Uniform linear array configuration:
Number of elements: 24
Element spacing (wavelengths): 0.75
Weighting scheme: binomial
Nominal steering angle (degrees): -30
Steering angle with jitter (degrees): -31.962
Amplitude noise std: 0.05
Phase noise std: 0.05

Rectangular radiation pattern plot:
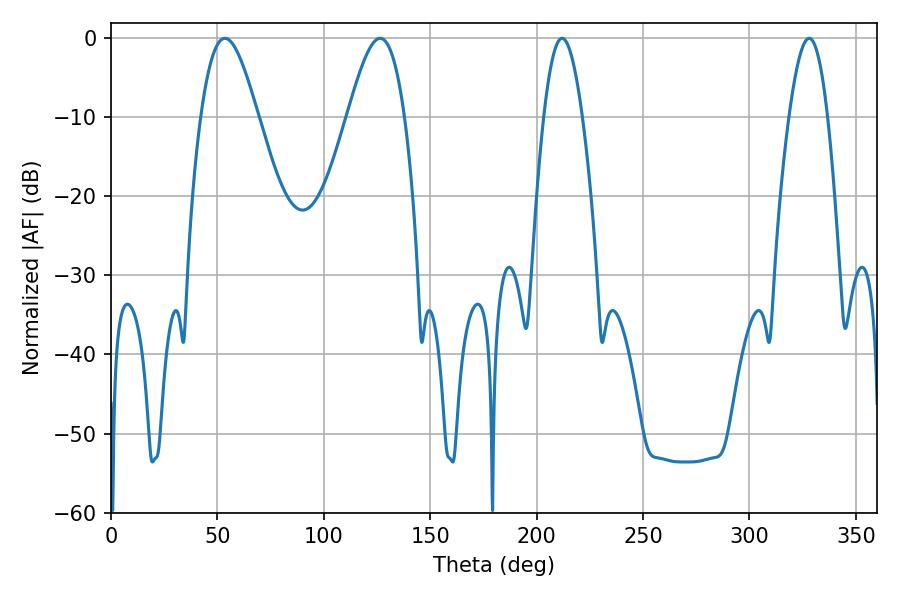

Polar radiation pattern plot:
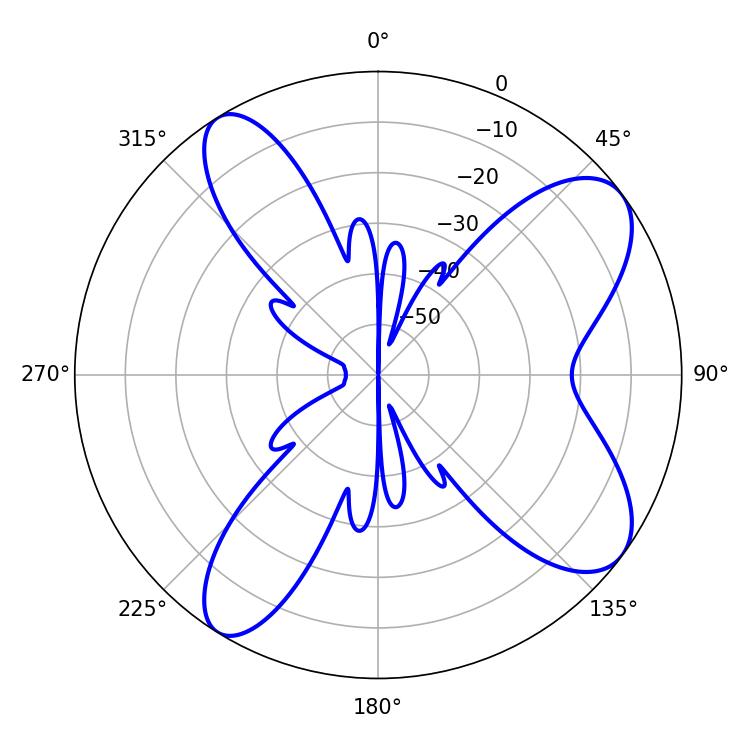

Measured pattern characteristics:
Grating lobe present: TRUE
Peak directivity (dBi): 8.964
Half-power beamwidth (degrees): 14.4
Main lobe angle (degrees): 53.46